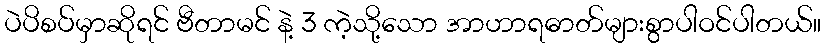
ပဲပိစပ်မှာဆိုရင် ဗီတာမင် နဲ့ 3 ကဲ့သို့သော အာဟာရဓာတ်များစွာပါဝင်ပါတယ်။